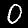
Label: 0